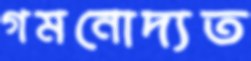
গমনোদ্যত